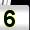
Digit: 5